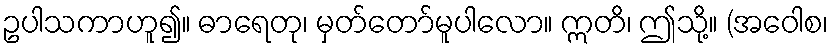
ဥပါသကာဟူ၍။ ဓာရေတု၊ မှတ်တော်မူပါလော။ ဣတိ၊ ဤသို့။ (အဝေါစ၊